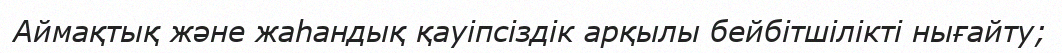
Аймақтық және жаһандық қауіпсіздік арқылы бейбітшілікті нығайту;